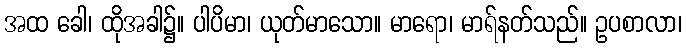
အထ ခေါ၊ ထိုအခါ၌။ ပါပိမာ၊ ယုတ်မာသော။ မာရော၊ မာရ်နတ်သည်။ ဥပစာလာ၊